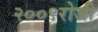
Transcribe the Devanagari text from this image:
२००९रोजी